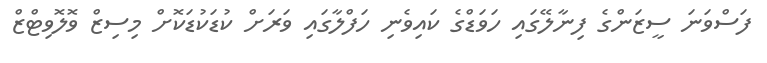
ފަސްވަނަ ސީޒަންގެ ފިނާލޭގައި ހަވަޑްގެ ކައިވެނި ހަފްލާގައި ވަރަށް ކުޑަކުޑަކޮށް މިސިޒް ވޮލޮވިޓްޒް